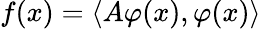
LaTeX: f(x)=\langle A\varphi(x),\varphi(x)\rangle